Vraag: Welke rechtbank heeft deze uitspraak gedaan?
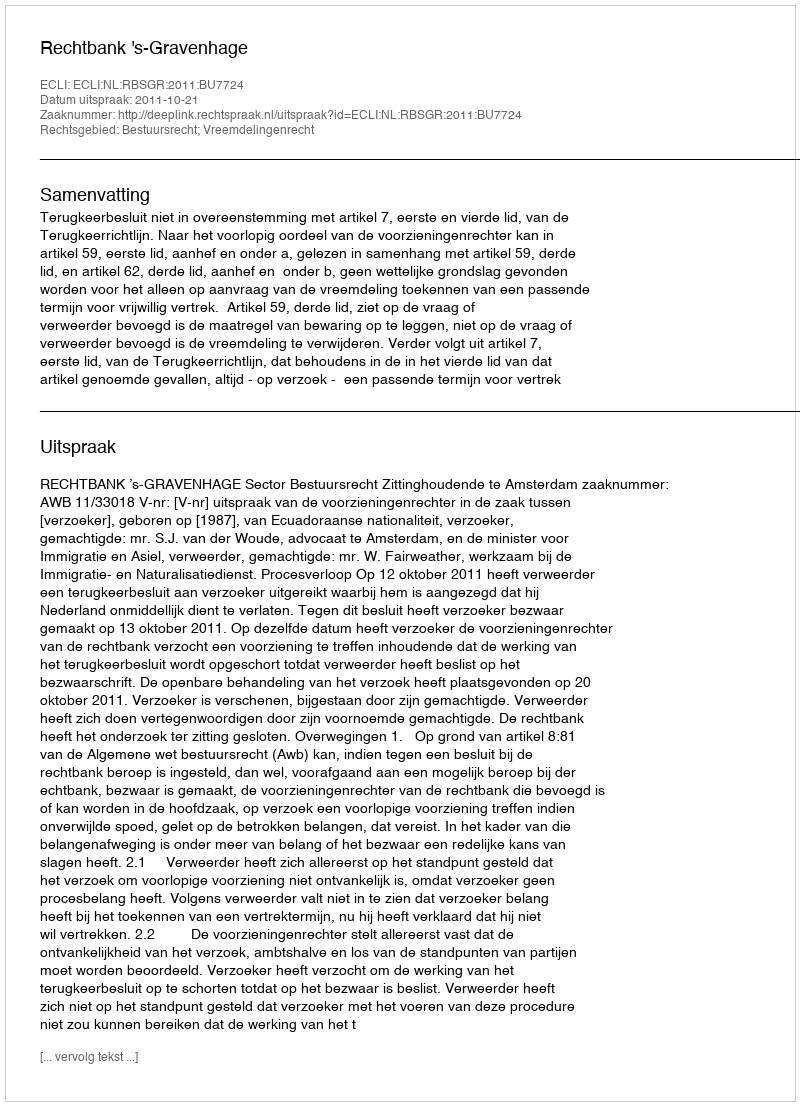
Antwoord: Rechtbank 's-Gravenhage